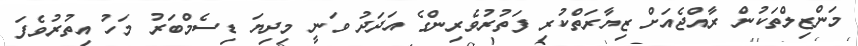
މަންޒިލްތަކުން ރާއްޖެއަށް ޒިޔާރަތްކުރި ފަތުރުވެރިންގެ އަދަދު ވަނީ މިދިޔަ ޑިސެމްބަރު މަހު އިތުރުވެފަ